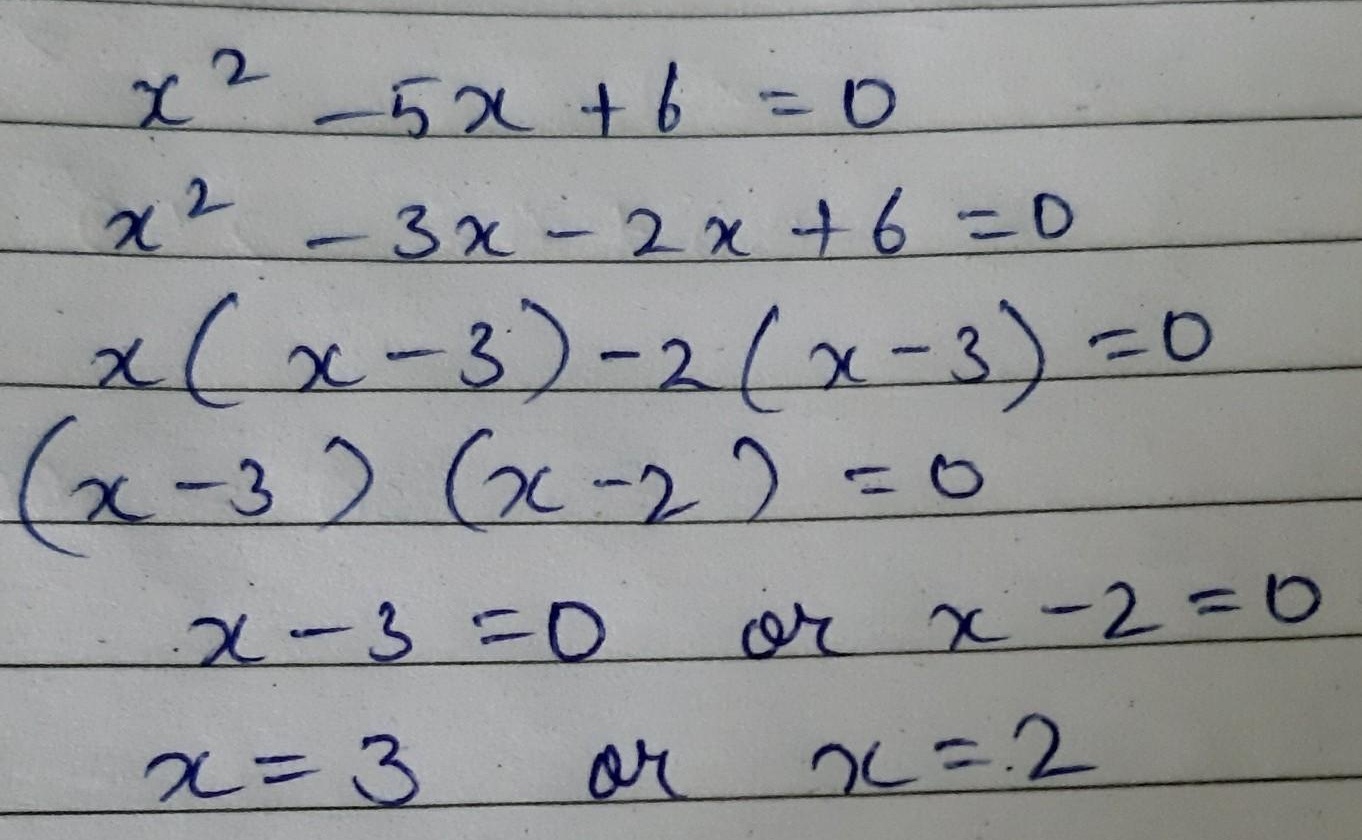
\[
\begin{align*}
x^{2}-5x + 6&=0\\
x^{2}-3x-2x + 6&=0\\
x(x - 3)-2(x - 3)&=0\\
(x - 3)(x - 2)&=0\\
x - 3&=0\quad\text{or}\quad x - 2=0\\
x&=3\quad\text{or}\quad x = 2
\end{align*}
\]